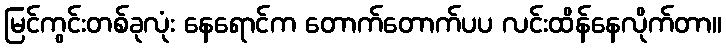
မြင်ကွင်းတစ်ခုလုံး နေရောင်က တောက်တောက်ပပ လင်းထိန်နေလိုက်တာ။